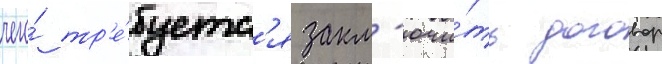
чего́ тр'е́буетс'я закл'ючи́ть договор